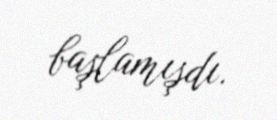
başlamışdı.